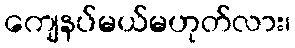
ကျေနပ်မယ်မဟုတ်လား၊